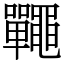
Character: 𪓽